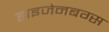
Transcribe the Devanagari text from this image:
हाइजेनबग्स